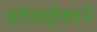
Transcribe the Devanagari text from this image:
धंदेवाईकानें